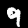
Digit: 9